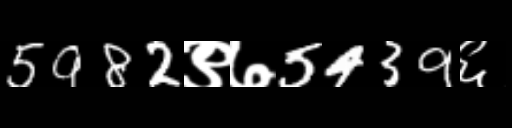
Text: 5982९७5439६